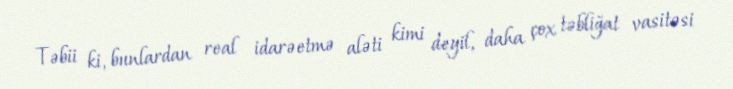
Təbii ki, bunlardan real idarəetmə aləti kimi deyil, daha çox təbliğat vasitəsi